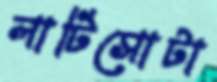
লাটিসোটা